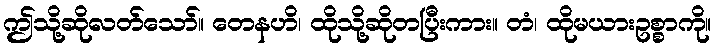
ဤသို့ဆိုလတ်သော်။ တေနဟိ၊ ထိုသို့ဆိုတပြီးကား။ တံ၊ ထိုမယားဥစ္စာကို။